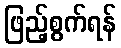
ဖြည့်စွက်ရန်